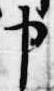
申